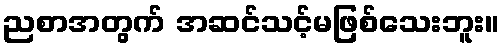
ညစာအတွက် အဆင်သင့်မဖြစ်သေးဘူး။